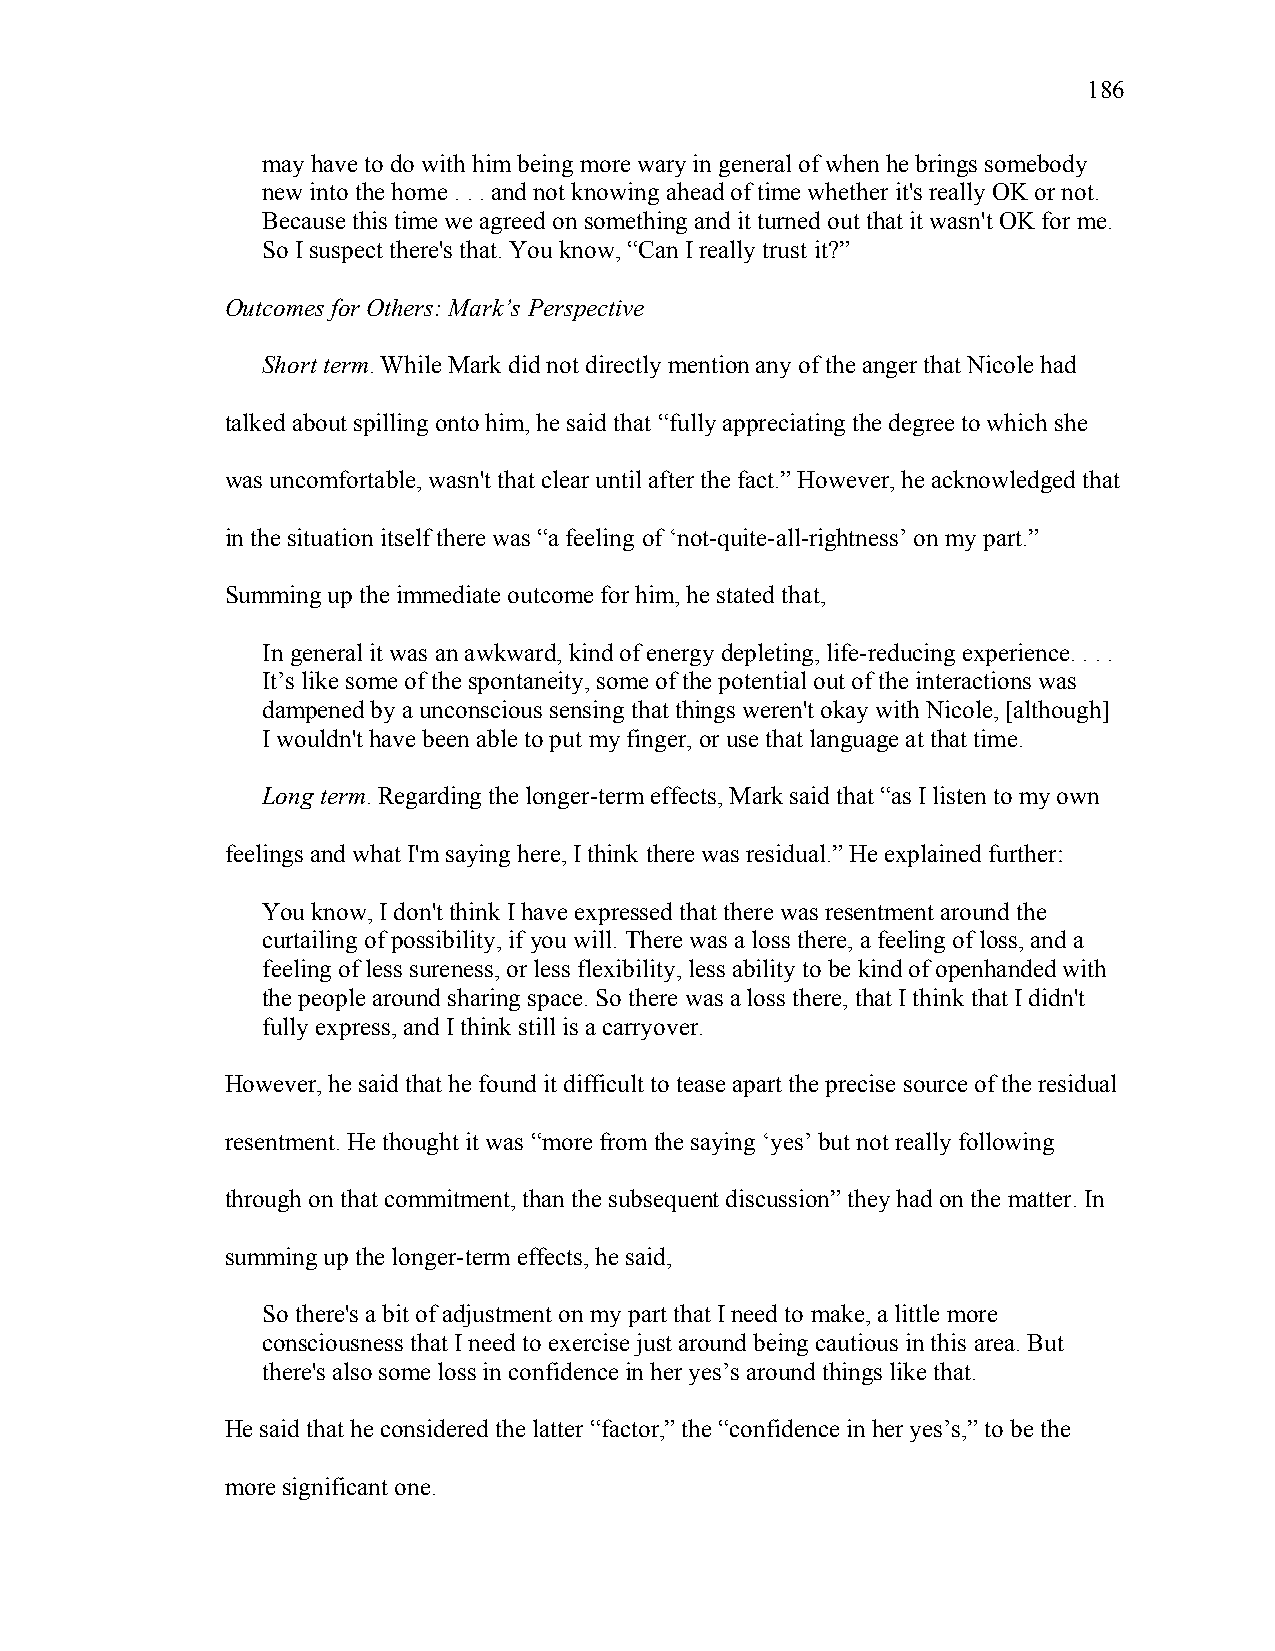
186
 may have to do with him being more wary in general of when he brings somebody
 new into the home . . . and not knowing ahead of time whether it's really OK or not.
 Because this time we agreed on something and it turned out that it wasn't OK for me.
 So I suspect there's that. You know, “Can I really trust it?”
 Outcomes for Others: Mark’s Perspective
 Short term. While Mark did not directly mention any of the anger that Nicole had
 talked about spilling onto him, he said that “fully appreciating the degree to which she
 was uncomfortable, wasn't that clear until after the fact.” However, he acknowledged that
 in the situation itself there was “a feeling of ‘not-quite-all-rightness’ on my part.”
 Summing up the immediate outcome for him, he stated that,
 In general it was an awkward, kind of energy depleting, life-reducing experience. . . .
 It’s like some of the spontaneity, some of the potential out of the interactions was
 dampened by a unconscious sensing that things weren't okay with Nicole, [although]
 I wouldn't have been able to put my finger, or use that language at that time.
 Long term. Regarding the longer-term effects, Mark said that “as I listen to my own
 feelings and what I'm saying here, I think there was residual.” He explained further:
 You know, I don't think I have expressed that there was resentment around the
 curtailing of possibility, if you will. There was a loss there, a feeling of loss, and a
 feeling of less sureness, or less flexibility, less ability to be kind of openhanded with
 the people around sharing space. So there was a loss there, that I think that I didn't
 fully express, and I think still is a carryover.
 However, he said that he found it difficult to tease apart the precise source of the residual
 resentment. He thought it was “more from the saying ‘yes’ but not really following
 through on that commitment, than the subsequent discussion” they had on the matter. In
 summing up the longer-term effects, he said,
 So there's a bit of adjustment on my part that I need to make, a little more
 consciousness that I need to exercise just around being cautious in this area. But
 there's also some loss in confidence in her yes’s around things like that.
 He said that he considered the latter “factor,” the “confidence in her yes’s,” to be the
 more significant one.